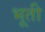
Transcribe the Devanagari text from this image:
भूती